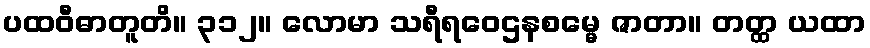
ပထဝီဓာတူတိ။ ၃၁၂။ လောမာ သရီရဝေဌနစမ္မေ ဇာတာ။ တတ္ထ ယထာ